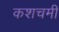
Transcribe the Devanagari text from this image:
कशचमी